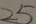
2 5